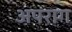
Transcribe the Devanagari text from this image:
अपराग